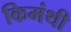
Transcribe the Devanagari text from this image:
किमंथी